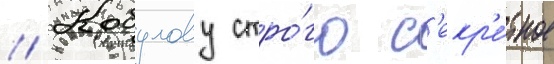
// Кобулову стро́го с'екр'е́тное